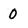
Character: O